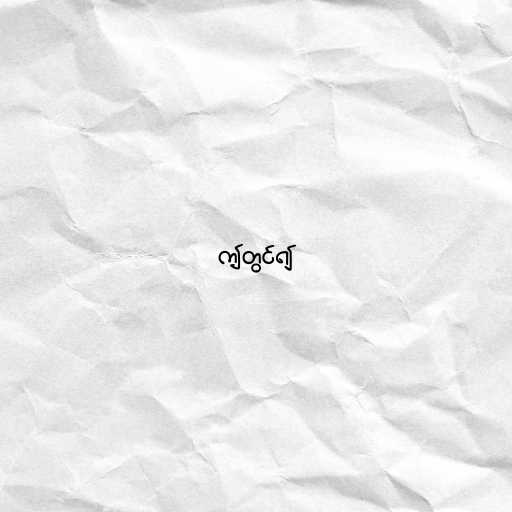
ဤတွင်၍